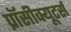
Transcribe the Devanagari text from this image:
प्रॉसीक्यूटर्स